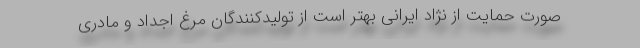
صورت حمایت از نژاد ایرانی بهتر است از تولیدکنندگان مرغ اجداد و مادری